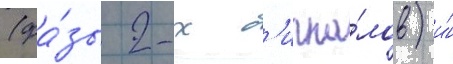
(фа́зы 2-х с'игна́лов) и́